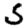
Digit: 5